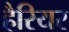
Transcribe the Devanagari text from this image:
हैरियर